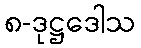
၈-ဒုဋ္ဌဒေါသ